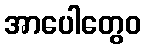
အာပေါတွေဝ